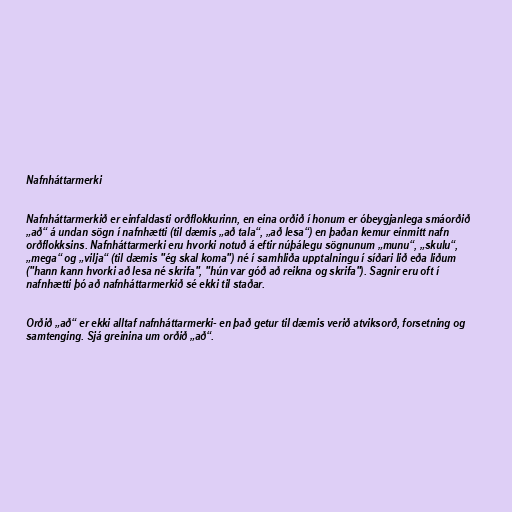
Nafnháttarmerki

Nafnháttarmerkið er einfaldasti orðflokkurinn, en eina orðið í honum er óbeygjanlega smáorðið
„að“ á undan sögn í nafnhætti (til dæmis „að tala“, „að lesa“) en þaðan kemur einmitt nafn
orðflokksins. Nafnháttarmerki eru hvorki notuð á eftir núþálegu sögnunum „munu“, „skulu“,
„mega“ og „vilja“ (til dæmis "ég skal koma") né í samhliða upptalningu í síðari lið eða liðum
("hann kann hvorki að lesa né skrifa", "hún var góð að reikna og skrifa"). Sagnir eru oft í
nafnhætti þó að nafnháttarmerkið sé ekki til staðar.

Orðið „að“ er ekki alltaf nafnháttarmerki- en það getur til dæmis verið atviksorð, forsetning og
samtenging. Sjá greinina um orðið „að“.